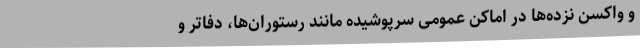
و واکسن نزده‌ها در اماکن عمومی سرپوشیده مانند رستوران‌ها، دفاتر و